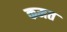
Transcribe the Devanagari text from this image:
कमत